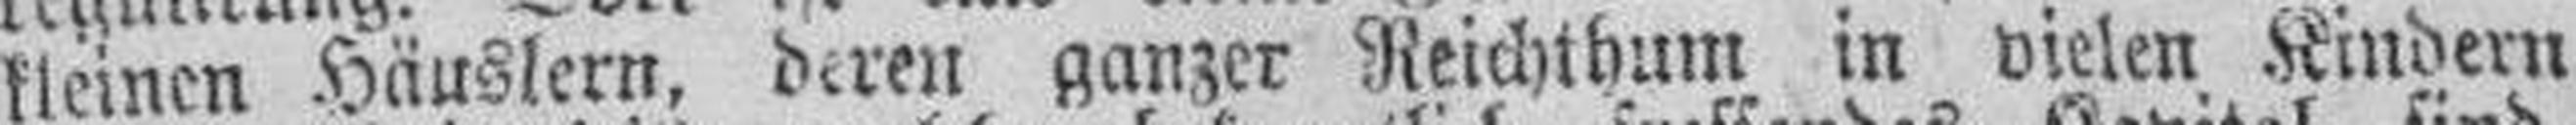
kleinen Häuslern, deren ganzer Reichthum in vielen Kindern